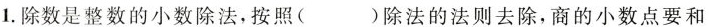
1.除数是整数的小数除法，按照()除法的法则去除，商的小数点要和